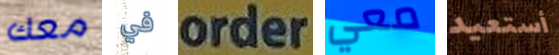
معك في order معي أستعيد